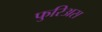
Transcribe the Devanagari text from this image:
फुरिअस